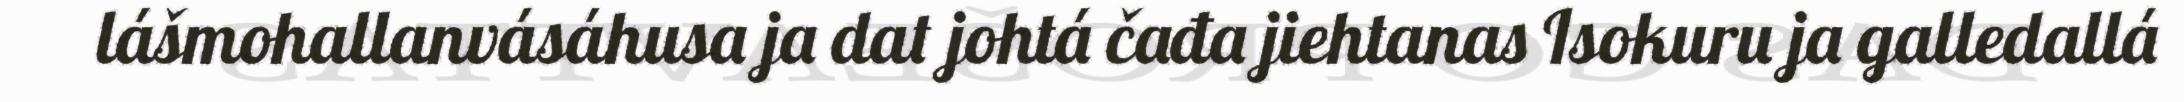
lášmohallanvásáhusa ja dat johtá čađa jiehtanas Isokuru ja galledallá